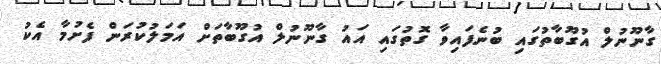
ގާނޫނުލް އުގޫބާތުގައި ބުނެފައިވާ ގޮތުގައި އައު ގާނޫނުލް އުގޫބާތަށް އަމަލުކުރަން ފެށުމާ އެކު